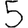
Digit: 5